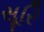
સૂરિ